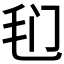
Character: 𰚍